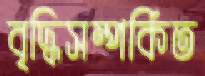
বৃদ্ধিসম্পর্কিত